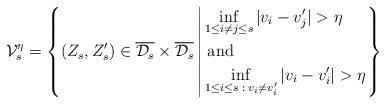
LaTeX: \begin{align*}\mathcal{V}_s^\eta = \left\{(Z_s,Z_s^\prime) \in \overline{\mathcal{D}_s} \times\overline{\mathcal{D}_s} \left| \begin{aligned}& \inf_{1 \leq i \neq j \leq s} |v_i-v_j^\prime| > \eta \\& \textnormal{ and } \\& \inf_{1\leq i \leq s \; : \; v_i \neq v_i^\prime}|v_i-v_i^\prime| > \eta\end{aligned}\right.\right\}\end{align*}